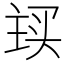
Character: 𬻽